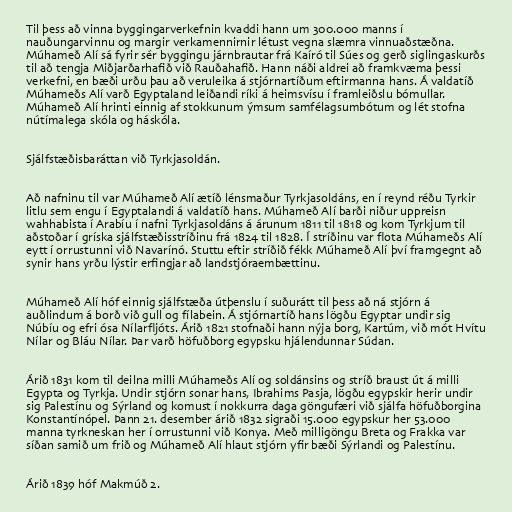
Til þess að vinna byggingarverkefnin kvaddi hann um 300.000 manns í
nauðungarvinnu og margir verkamennirnir létust vegna slæmra vinnuaðstæðna.
Múhameð Alí sá fyrir sér byggingu járnbrautar frá Kaíró til Súes og gerð siglingaskurðs
til að tengja Miðjarðarhafið við Rauðahafið. Hann náði aldrei að framkvæma þessi
verkefni, en bæði urðu þau að veruleika á stjórnartíðum eftirmanna hans. Á valdatíð
Múhameðs Alí varð Egyptaland leiðandi ríki á heimsvísu í framleiðslu bómullar.
Múhameð Alí hrinti einnig af stokkunum ýmsum samfélagsumbótum og lét stofna
nútímalega skóla og háskóla.

Sjálfstæðisbaráttan við Tyrkjasoldán.

Að nafninu til var Múhameð Alí ætíð lénsmaður Tyrkjasoldáns, en í reynd réðu Tyrkir
litlu sem engu í Egyptalandi á valdatíð hans. Múhameð Alí barði niður uppreisn
wahhabista í Arabíu í nafni Tyrkjasoldáns á árunum 1811 til 1818 og kom Tyrkjum til
aðstoðar í gríska sjálfstæðisstríðinu frá 1824 til 1828. Í stríðinu var flota Múhameðs Alí
eytt í orrustunni við Navarínó. Stuttu eftir stríðið fékk Múhameð Alí því framgegnt að
synir hans yrðu lýstir erfingjar að landstjóraembættinu.

Múhameð Alí hóf einnig sjálfstæða útþenslu í suðurátt til þess að ná stjórn á
auðlindum á borð við gull og fílabein. Á stjórnartíð hans lögðu Egyptar undir sig
Núbíu og efri ósa Nílarfljóts. Árið 1821 stofnaði hann nýja borg, Kartúm, við mót Hvítu
Nílar og Bláu Nílar. Þar varð höfuðborg egypsku hjálendunnar Súdan.

Árið 1831 kom til deilna milli Múhameðs Alí og soldánsins og stríð braust út á milli
Egypta og Tyrkja. Undir stjórn sonar hans, Ibrahims Pasja, lögðu egypskir herir undir
sig Palestínu og Sýrland og komust í nokkurra daga göngufæri við sjálfa höfuðborgina
Konstantínópel. Þann 21. desember árið 1832 sigraði 15.000 egypskur her 53.000
manna tyrkneskan her í orrustunni við Konya. Með milligöngu Breta og Frakka var
síðan samið um frið og Múhameð Alí hlaut stjórn yfir bæði Sýrlandi og Palestínu.

Árið 1839 hóf Makmúð 2.